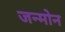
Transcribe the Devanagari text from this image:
जन्मोन